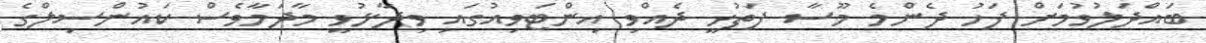
ބައްދަލުވުމަށް ފަހު ދެންމެ މޫސާ ފަތުހީ ދެއްވި އިންޓަވިއުގައި ވިދާޅުވީ މާދަމާވެސް ކައުންސިލްގެ